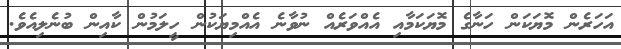
އަހަރެން މޮޔަކަން ހަނާގެ މޮޔަކަމާއި އެއްވަރެއް ނުވާނެ އެއްމިޔަކުން ހީލަމުން ކާއިން ބުނެލިއެވެ.